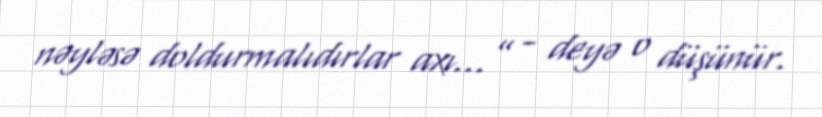
nəyləsə doldurmalıdırlar axı...” - deyə o düşünür.